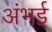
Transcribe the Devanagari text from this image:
अंभई